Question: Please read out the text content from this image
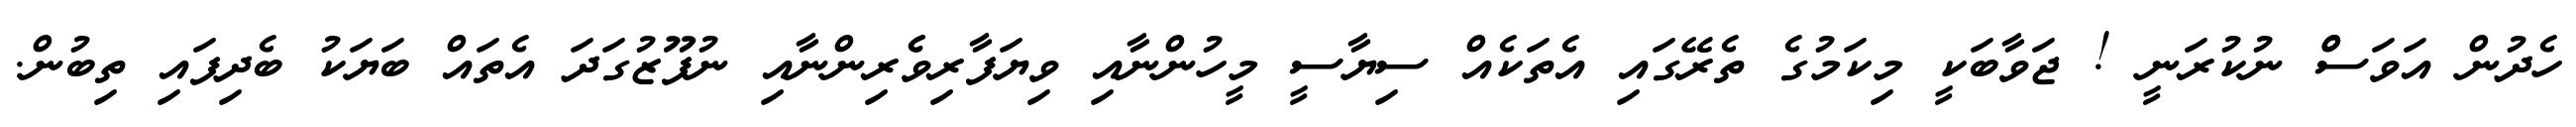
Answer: ހެދުން އަވަސްް ނުކުރަނީ ! ޖަވާބަކީ މިކަމުގެ ތެރޭގައި އެތަކެއް ސިޔާސީ މީހުންނާއި ވިޔަފާރިވެެރިންނާއި ނުފޫޒުގަދަ އެތައް ބަޔަކު ބެދިފައި ތިބުން.